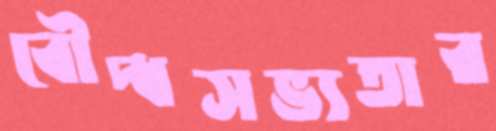
বৌদ্ধসভ্যতার